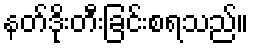
နတ်ဒိုးတီးခြင်းစရသည်။